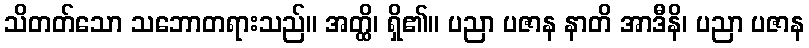
သိတတ်သော သဘောတရားသည်။ အတ္ထိ၊ ရှိ၏။ ပညာ ပဇာန နာတိ အာဒီနိ၊ ပညာ ပဇာန